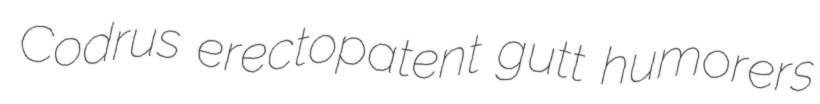
Codrus erectopatent gutt humorers